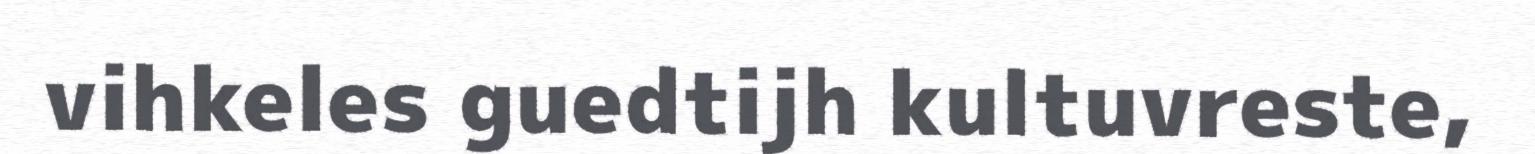
vihkeles guedtijh kultuvreste,